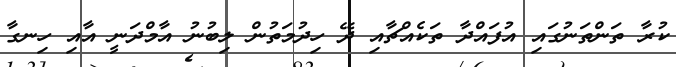
ކުރާ ތަންތަނުގައި އުފައްދާ ތަކެއްޗާއި ދޭ ހިދުމަތުން ލިބުނު އާމްދަނީ އާއި ހިނގާ